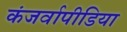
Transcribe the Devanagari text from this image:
कंजर्वापीडिया